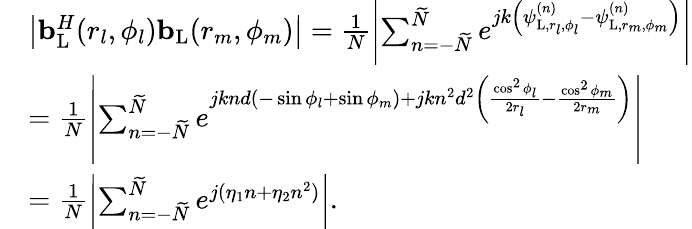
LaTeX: \begin{array}{rl}&{\left|{\mathbf{b}}_{\mathrm{{L}}}^{H}(r_{l},\phi_{l}){\mathbf{b}}_{\mathrm{L}}(r_{m},\phi_{m})\right|=\frac{1}{N}\left|\sum_{n=-\widetilde{N}}^{\widetilde{N}}e^{jk\left(\psi_{\mathrm{{L}},r_{l},\phi_{l}}^{(n)}-\psi_{{\mathrm{L}},r_{m},\phi_{m}}^{(n)}\right)}\right|}\\ &{=\frac{1}{N}\left|\sum_{n=-\widetilde{N}}^{\widetilde{N}}e^{jknd\left(-\sin\phi_{l}+\sin\phi_{m}\right)+jkn^{2}d^{2}\left(\frac{\cos^{2}\phi_{l}}{2r_{l}}-\frac{\cos^{2}\phi_{m}}{2r_{m}}\right)}\right|}\\ &{=\frac{1}{N}\left|\sum_{n=-\widetilde{N}}^{\widetilde{N}}e^{j(\eta_{1}n+\eta_{2}n^{2})}\right|.}\end{array}